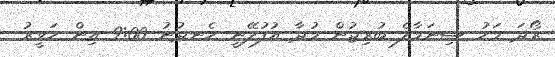
ރޯދަ މަހު ސިނަމާލެ ބުރިޖުން މުދާ އުފުލޭނީ ހެނދުނު 9:00 އިން ހަވީރު